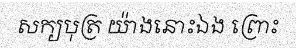
សក្យបុត្រ យ៉ាងនោះឯង ព្រោះ